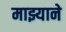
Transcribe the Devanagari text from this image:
माझ्याने